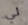
لي